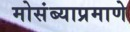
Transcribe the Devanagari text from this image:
मोसंब्याप्रमाणे